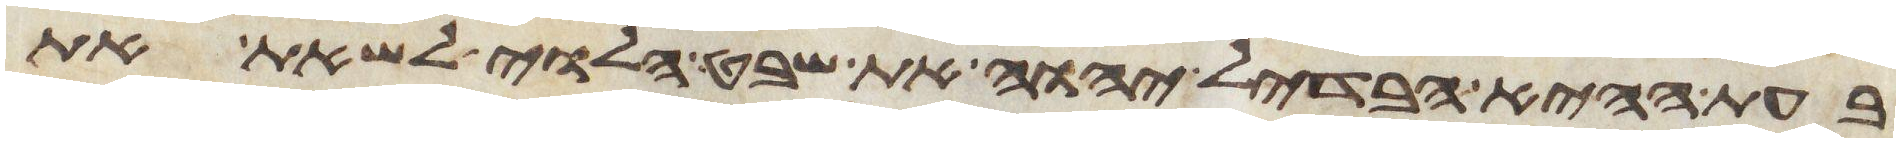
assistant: בעת ההיא הבדיל יהוה את שבט הלוי לשאת את